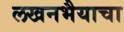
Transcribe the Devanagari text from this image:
लखनभैयाचा